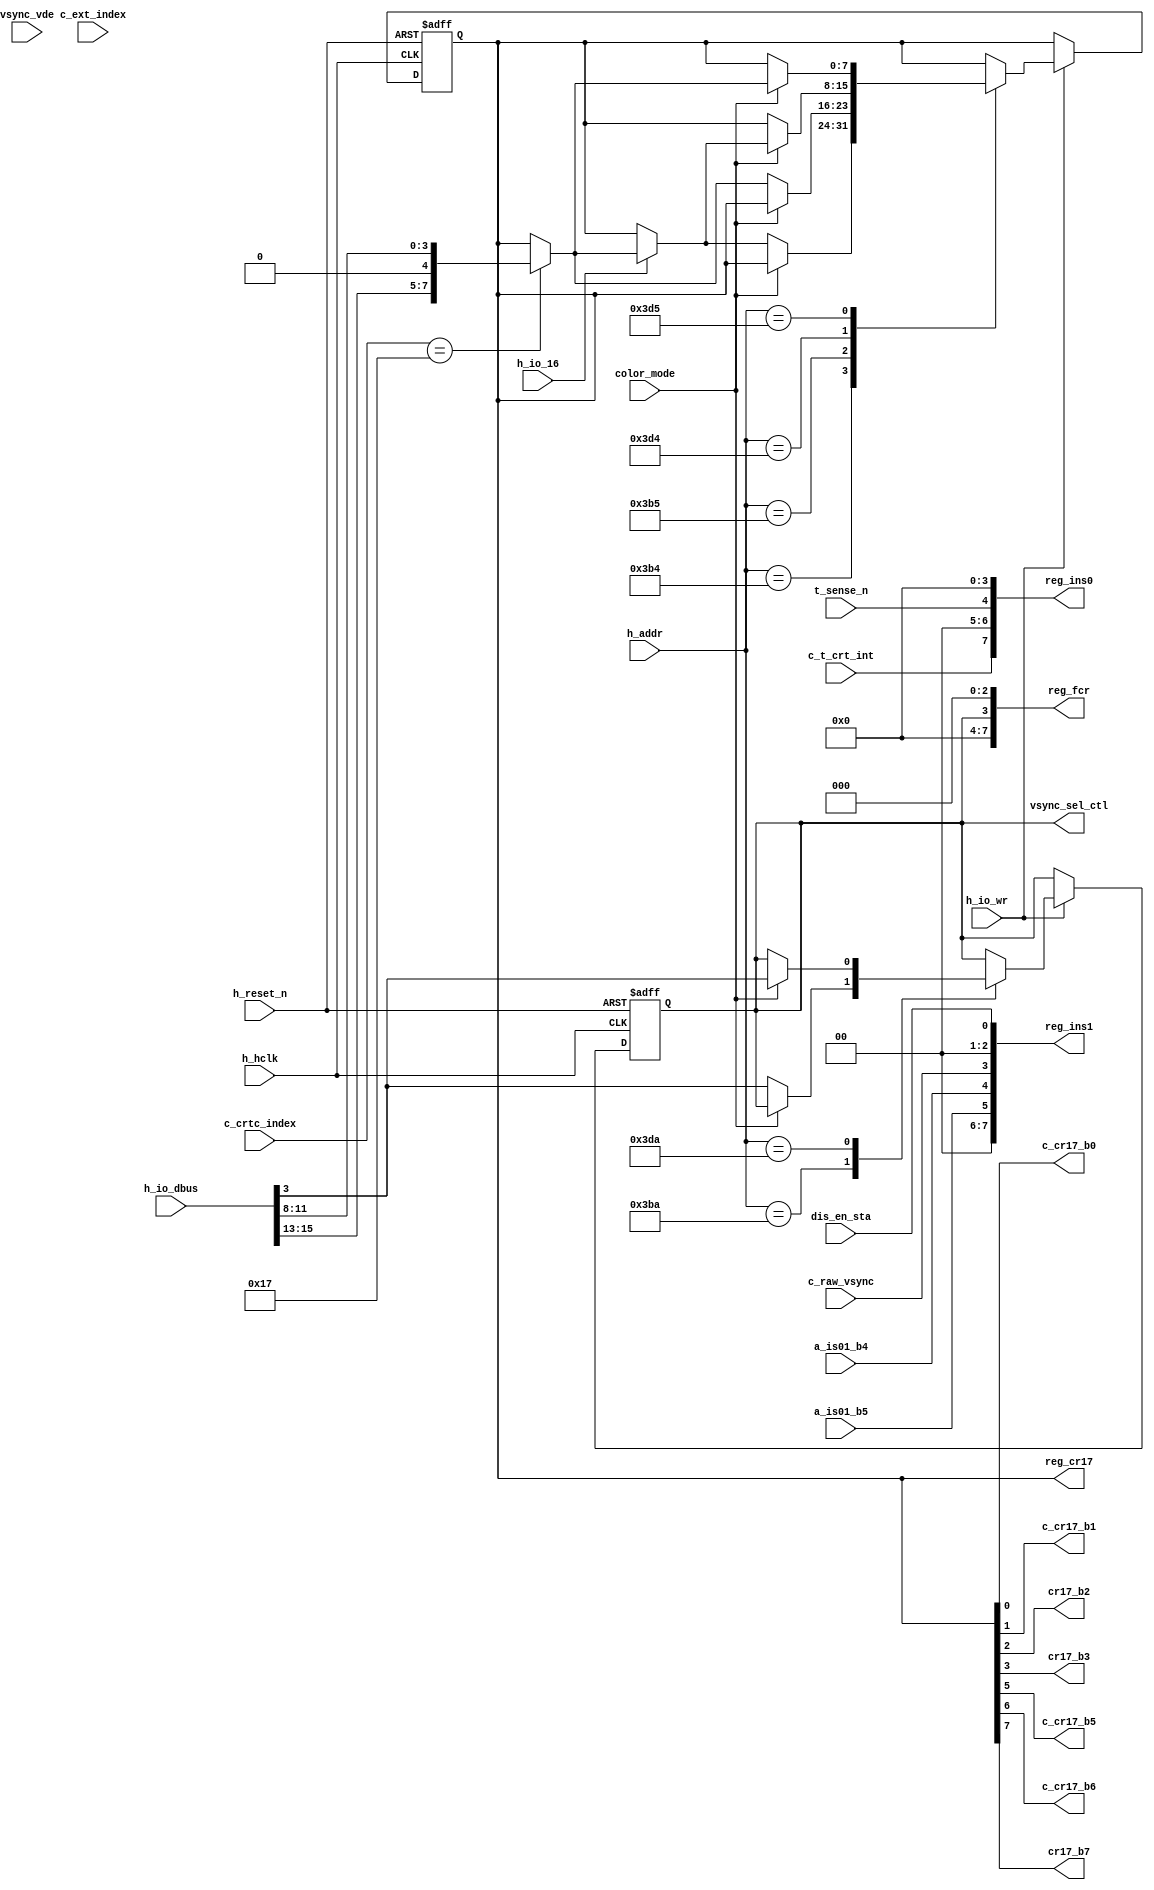
module  crt_misc
  (
   input             dis_en_sta,
   input             c_raw_vsync,
   input             h_reset_n,
   input 	     h_hclk,
   input 	     color_mode,     
   input 	     h_io_16,        
   input 	     h_io_wr,        
   input [15:0]      h_addr,         
   input [5:0] 	     c_crtc_index,   
   input [7:0] 	     c_ext_index,    
   input             t_sense_n,      
   input             c_t_crt_int,    
   input             a_is01_b5,      
   input             a_is01_b4,      
   input             vsync_vde,      
   input [15:0]      h_io_dbus,
   output [7:0]      reg_ins0,
   output [7:0]      reg_ins1,
   output [7:0]      reg_fcr,   
   output reg [7:0]  reg_cr17,
   output            c_cr17_b0,
   output            c_cr17_b1,
   output            cr17_b2,
   output            cr17_b3,
   output            c_cr17_b5,
   output            c_cr17_b6,
   output            cr17_b7,
   output            vsync_sel_ctl
   );
  reg 		  str_fcr;   
  always @(posedge h_hclk or negedge h_reset_n)
    if (!h_reset_n) begin
      str_fcr  <= 1'b0;
      reg_cr17 <= 8'b0;
    end else if (h_io_wr) begin
      case (h_addr)
	16'h03b4: begin
	  if (!color_mode)
	    if (h_io_16) begin
	      case (c_crtc_index[5:0])
		6'h17: reg_cr17 <= {h_io_dbus[15:13], 1'b0, h_io_dbus[11:8]};
	      endcase 
	    end
	end
	16'h03b5: begin
	  if (!color_mode) begin
	    case (c_crtc_index[5:0])
	      6'h17: reg_cr17 <= {h_io_dbus[15:13], 1'b0, h_io_dbus[11:8]};
	    endcase 
	  end
	end
	16'h03ba: if (!color_mode) str_fcr <= h_io_dbus[3];
	16'h03d4: begin
	  if (color_mode)
	    if (h_io_16) begin
	      case (c_crtc_index[5:0])
		6'h17: reg_cr17 <= {h_io_dbus[15:13], 1'b0, h_io_dbus[11:8]};
	      endcase 
	    end
	end
	16'h03d5: begin
	  if (color_mode) begin
	    case (c_crtc_index[5:0])
	      6'h17: reg_cr17 <= {h_io_dbus[15:13], 1'b0, h_io_dbus[11:8]};
	    endcase 
	  end
	end
	16'h03da: if (color_mode) str_fcr <= h_io_dbus[3];
      endcase 
    end
  assign reg_fcr  = {4'b0, str_fcr, 3'b0};
  assign vsync_sel_ctl = str_fcr;
  assign reg_ins0 = {c_t_crt_int, 2'b00, t_sense_n, 4'b0000};
  assign reg_ins1 = {2'b00, a_is01_b5, a_is01_b4, c_raw_vsync, 
		     2'b00, dis_en_sta };
  assign c_cr17_b0 = reg_cr17[0];
  assign c_cr17_b1 = reg_cr17[1];
  assign cr17_b2   = reg_cr17[2];
  assign cr17_b3   = reg_cr17[3];
  assign c_cr17_b5 = reg_cr17[5];
  assign c_cr17_b6 = reg_cr17[6];
  assign cr17_b7   = reg_cr17[7];
endmodule